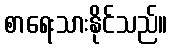
စာရေးသားနိုင်သည်။